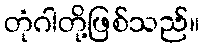
တုံဂါတို့ဖြစ်သည်။